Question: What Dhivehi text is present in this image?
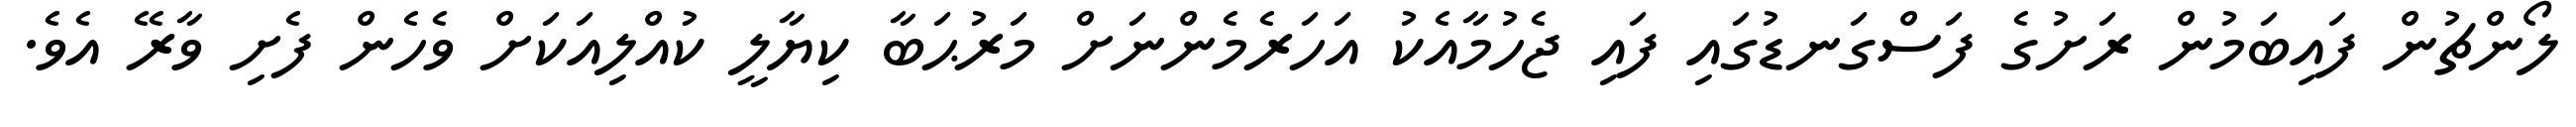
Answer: ލޯންޗުން ފައިބަމުން ރަށުގެ ފަސްގަނޑުގައި ފައި ޖެހުމާއެކު އަހަރެމެންނަށް މަރުޙަބާ ކިޔާލީ ކުއްލިއަކަށް ވެހެން ފެށި ވާރޭ އެވެ.